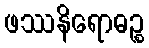
ဖဿနိရောဓဉ္စ